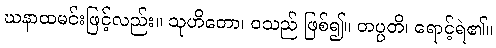
ဃနာထမင်းဖြင့်လည်း။ သုဟိတော၊ ဝသည် ဖြစ်၍။ တပ္ပတိ၊ ရောင့်ရဲ၏။